Source: Computer-generated
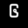
Digit: ၆ (6)